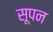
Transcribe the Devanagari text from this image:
सूपन